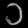
Digit: ၁